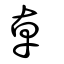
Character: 卓